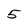
Character: 5